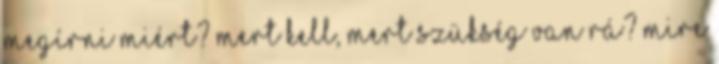
megírni Miért? Mert kell, mert szükség van rá? Mire